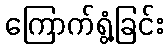
ကြောက်ရွံ့ခြင်း